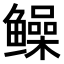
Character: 𫚫